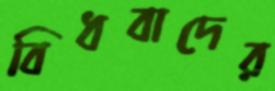
বিধবাদের